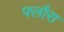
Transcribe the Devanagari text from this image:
फ्लौरा